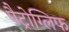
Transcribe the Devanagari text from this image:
पैट्रोग्लिफ